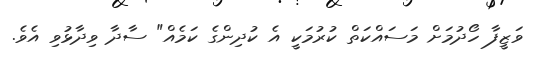
ވަޒީފާ ހޯދުމަށް މަސައްކަތް ކުރުމަކީ އެ ކުދިންގެ ކަމެއް" ސާދާ ވިދާޅުވި އެވެ.